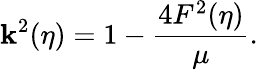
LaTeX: \mathbf{k}^{2}(\eta)=1-\frac{{4F^{2}(\eta)}}{{\mu}}.